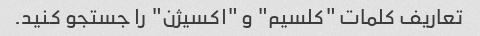
تعاریف کلمات "کلسیم" و "اکسیژن" را جستجو کنید.